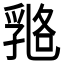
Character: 𠄇